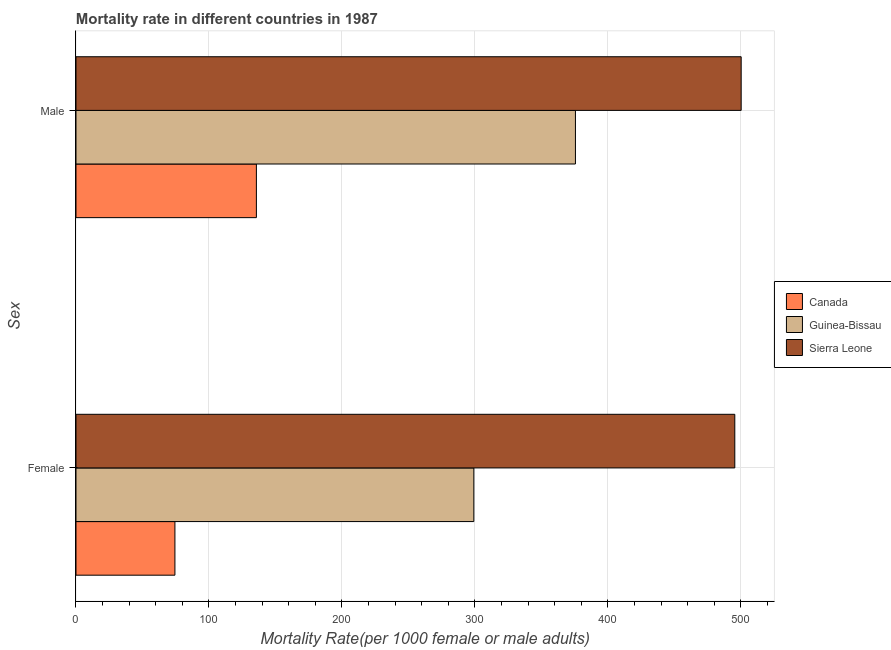
| Sex | Canada | Guinea-Bissau | Sierra Leone |
 | --- | --- | --- | --- |
 | Female | 74.4 | 299 | 495 |
 | Male | 136 | 376 | 500 |